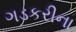
ગડકરીના